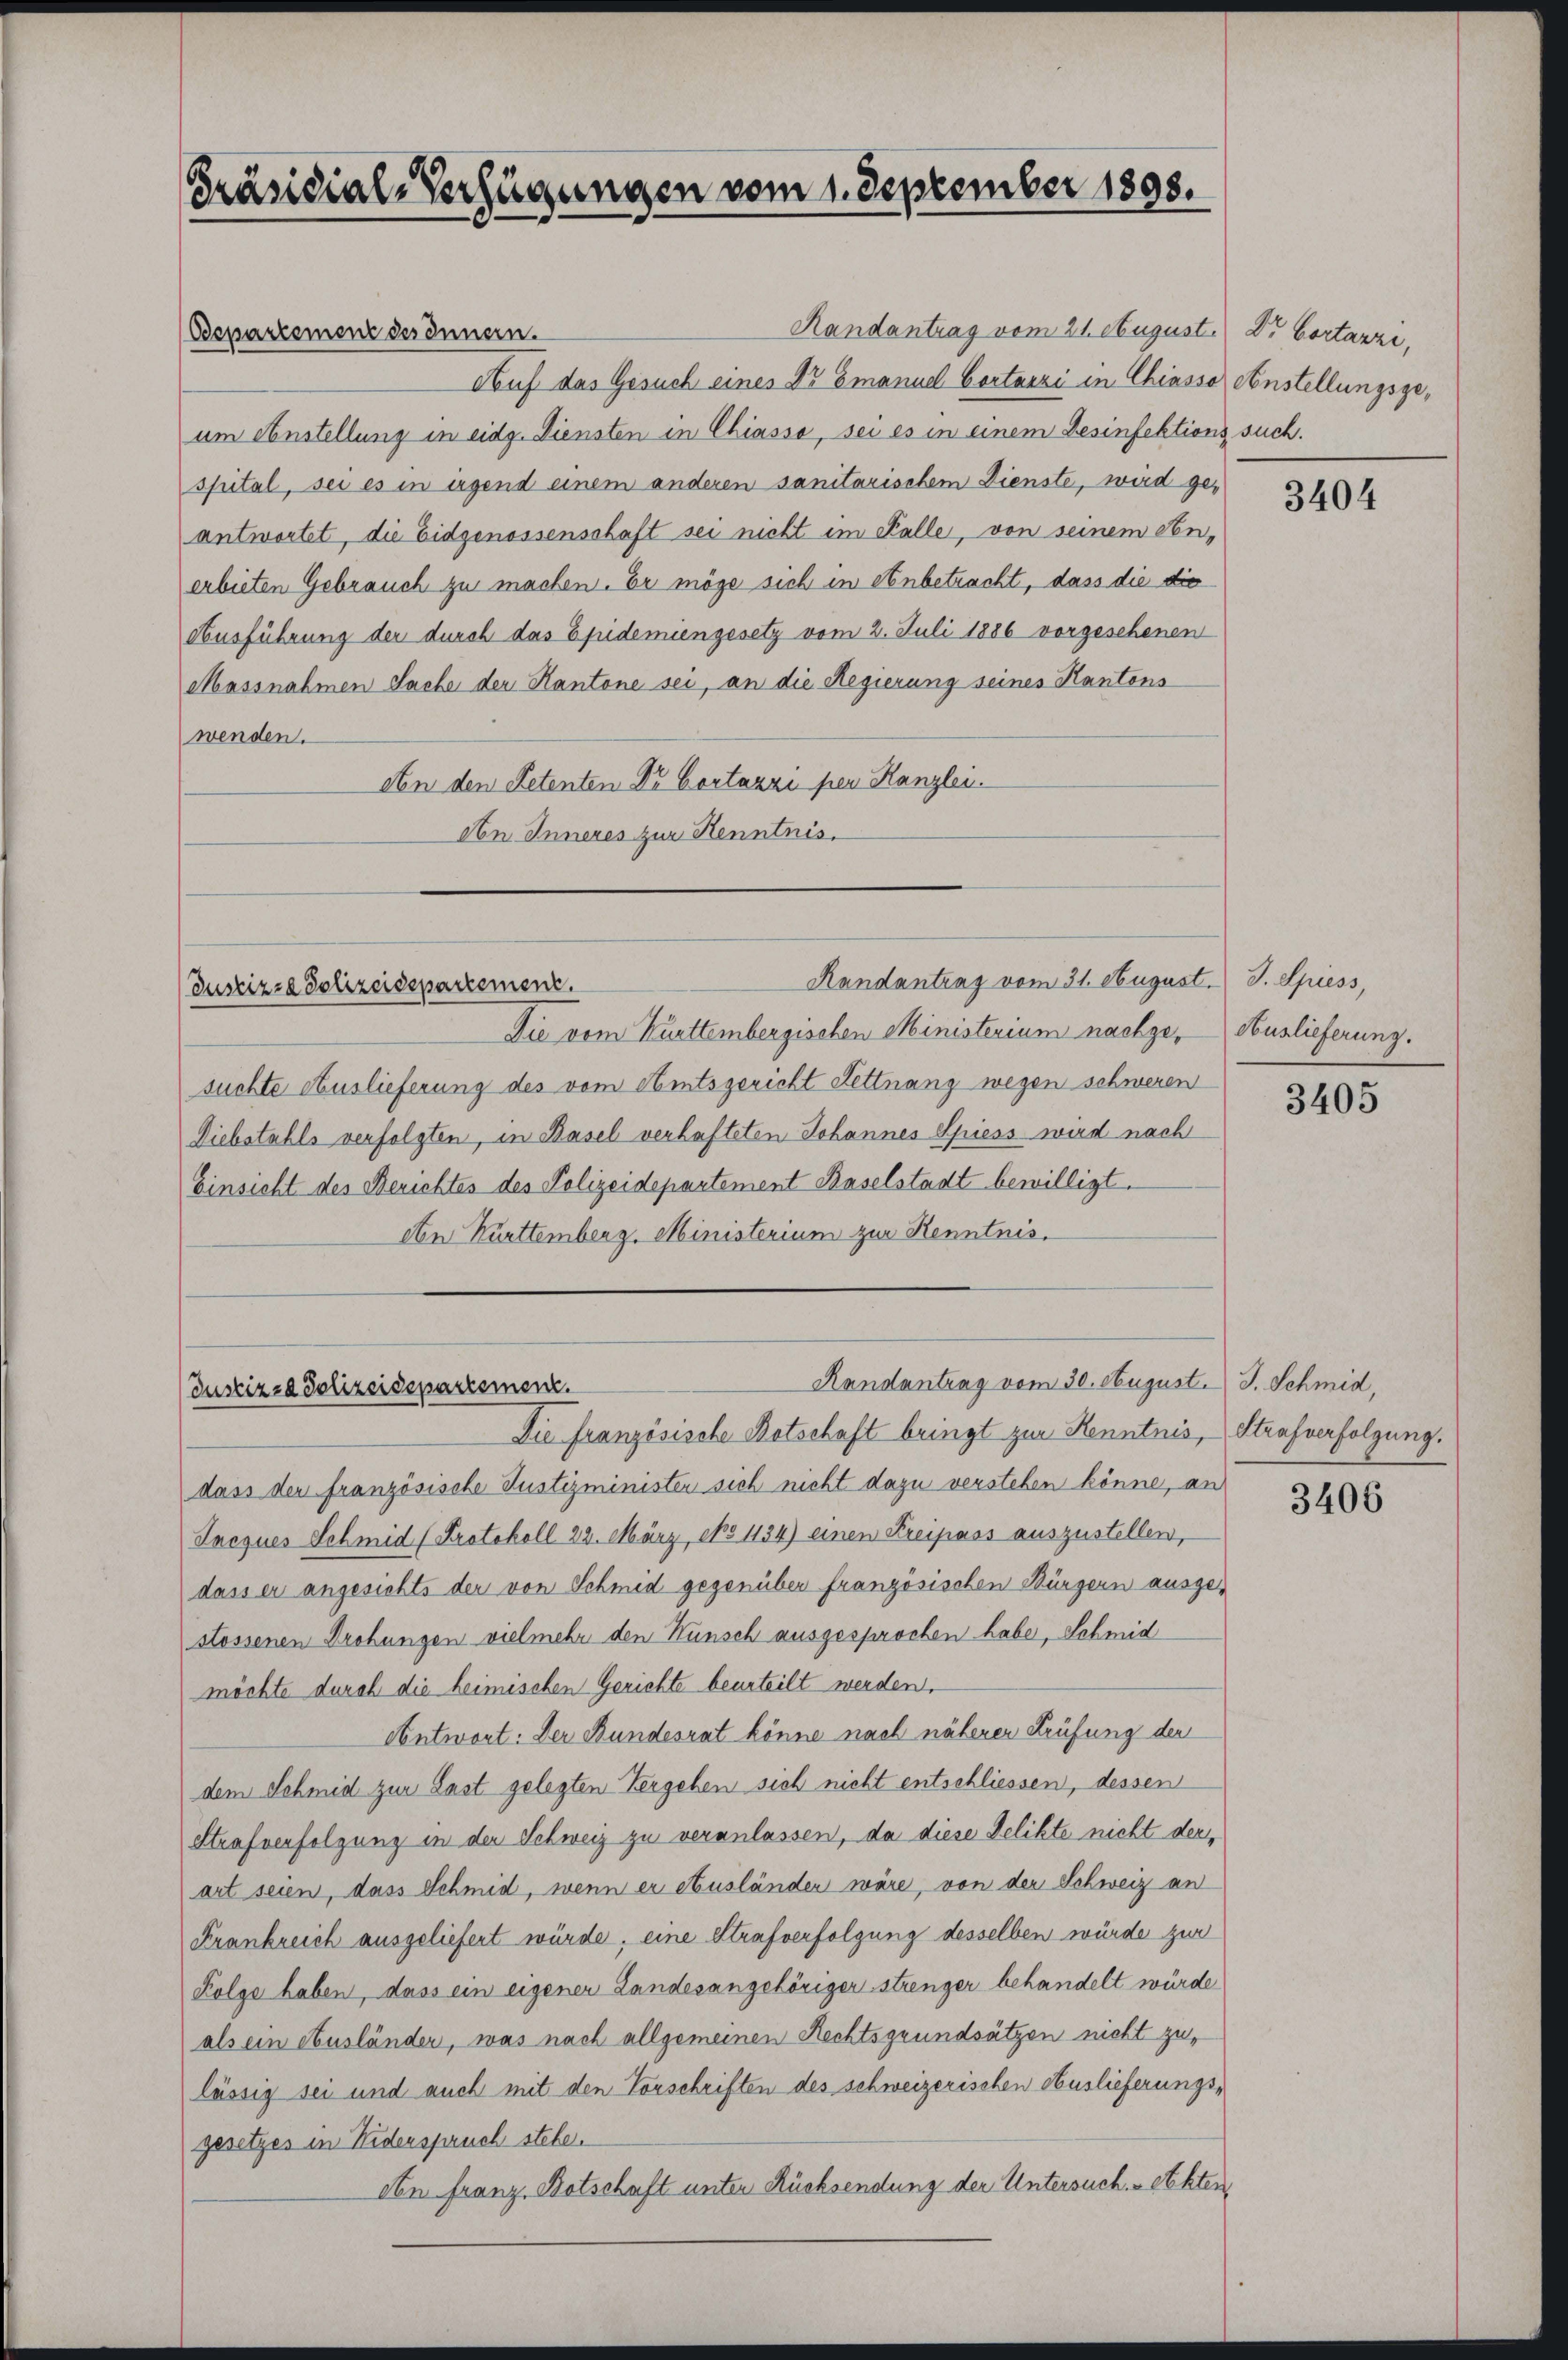
Präsidial-Verfügungen vom 1. September 1898.

Bepartement des Innern.
Auf das Gesuch eines Dr Emanuel Cortarzi in Chiasse Anstellungsgeum Anstellung in eidg. Diensten in Chiasso, sei es in einem Besinfektions such.
spital, sei es in irgend einem anderen sanitarischem Dienste, wird geantwortet, die Eidgenossenschaft sei nicht im Falle, von seinem denerbieten Gebrauch zu machen. Er möge sich in Anbetracht, dass die die
Ausführung der durch das Epidemiengesetz vom 2. Juli 1886 vorgesehenen
Massnahmen Sache der Kantone sei, an die Regierung seines Kantons
wenden.
An den Petenten Dr Cortazzi per Kanzlei.
An Inneres zur Kenntnis.

Die vom Kurttembergischen Ministerium nachge, Auslieferung.
suchte Auslieferung des vom Amtsgericht Kettnang wegen schweren
Diebstahls verfolgten, in Basel verhafteten Johannes Spiess wird nach
Einsicht des Berichtes des Polizeidepartement Baselstadt bewilligt.
dtn Kürttemberg, Ministerium zur Kenntnis.

Randantrag vom 31. August. J. Spiess,
Justizza Polizeidepartement.

Randantrag vom 30. August. J. Schmid,
Justizza Polizeidepartement.

Randantrag vom 21. August.) Dr. Cortarzi,

Die französische Botschaft bringt zur Kenntnis, Strafverfolgung.
dass der französische Justizminister sich nicht dazu verstehen könne, an
Jacques Schmid (Protokoll 22. März, epo 1134) einen Kreipass auszustellen,
dass er angesichts der von Schmid gegenüber französischen Bürgern ausge-
stossenen Drohungen vielmehr den Kunsch ausgesprochen habe, Schmid
möchte durch die heimischen Gerichte beurteilt werden.
Antwort: Der Bundesrat könne nach näherer Prüfung der
dem Schmid zur Last gelegten Vergehen sich nicht entschliessen, dessen
Strafverfolgung in der Schweiz zu veranlassen, da diese Delikte nicht derart seien, dass Schmid, wenn er etusländen wäre, von der Schweiz an
Frankreich ausgeliefert würde, eine Strafverfolgung desselben würde zur
Folge haben, dass ein eigener Landesangehöriger strenger behandelt würde
als ein Ausländer, was nach allgemeinen Rechtsgrundsätzen nicht zu,
lässig sei und auch mit den Vorschriften des schweizerischen Auslieferungsgesetzes in Widerspruch stehe.
An Franz, Botschaft unter Rücksendung der Untersuch - ebten

3404

3405

3406